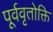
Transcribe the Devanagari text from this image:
पूर्ववृतोक्ति